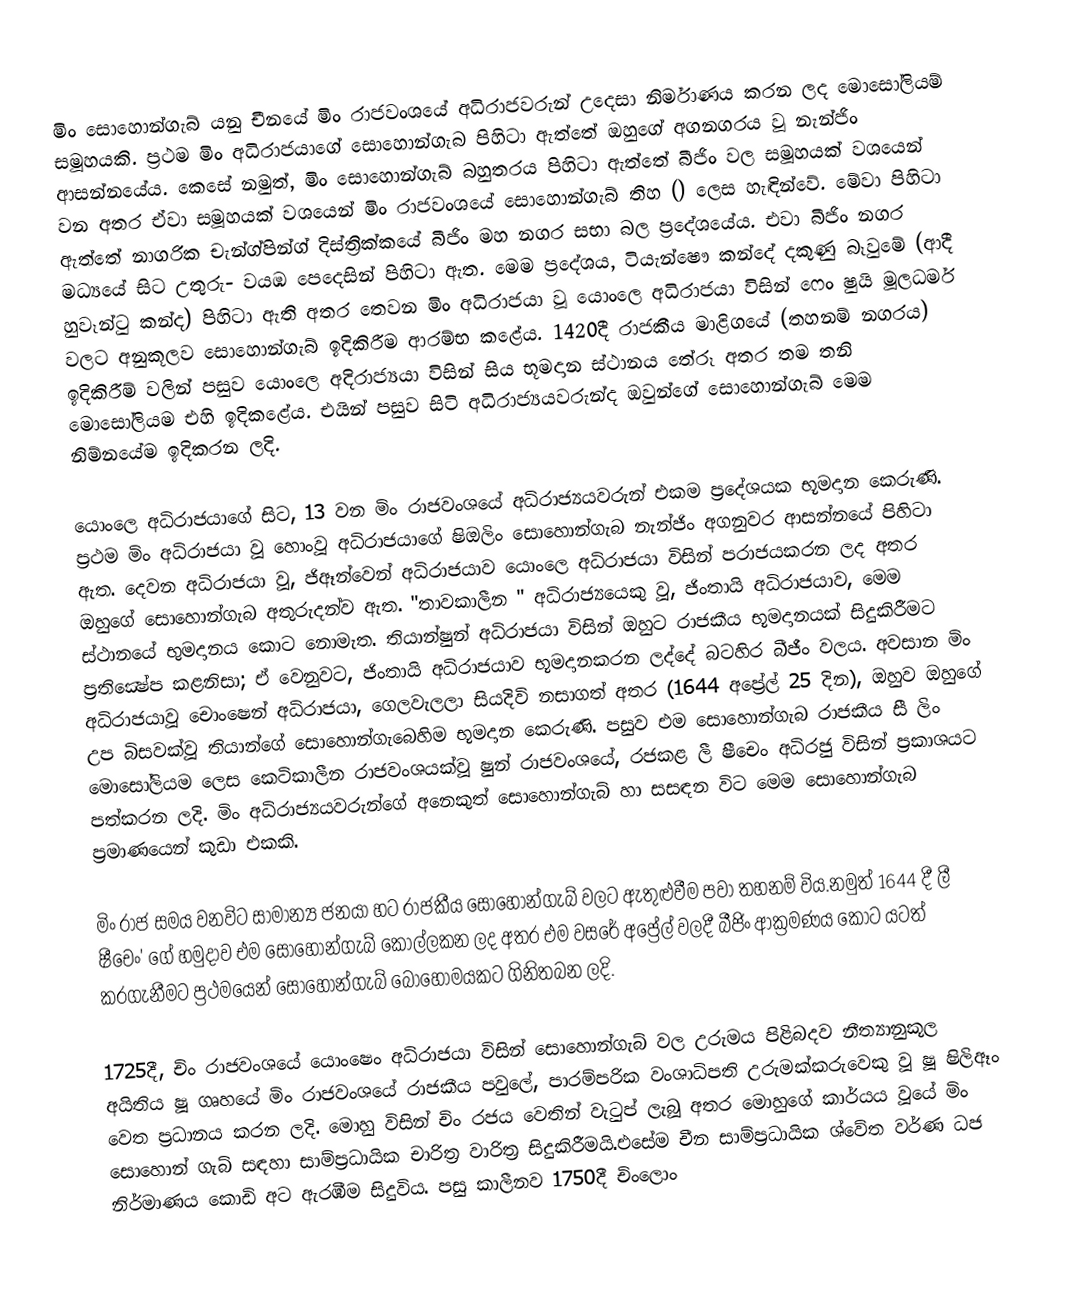
මිං සොහොන්ගැබ්  යනු චීනයේ මිං රාජවංශයේ අධිරාජවරුන් උදෙසා නිර්මාණය කරන ලද මොසෝලියම් සමූහයකි. ප්‍රථම මිං අධිරාජයාගේ සොහොන්ගැබ පිහිටා ඇත්තේ ඔහුගේ අගනගරය වූ නැන්ජිං ආසන්නයේය. කෙසේ නමුත්, මිං සොහොන්ගැබ් බහුතරය පිහිටා ඇත්තේ බීජිං වල සමූහයක් වශයෙන් වන අතර ඒවා සමූහයක් වශයෙන් මිං රාජවංශයේ සොහොන්ගැබ් තිහ  () ලෙස හැඳින්වේ. මේවා පිහිටා ඇත්තේ නාගරික චැන්ග්පින්ග් දිස්ත්‍රික්කයේ බීජිං මහ නගර සභා බල ප්‍රදේශයේය. එවා බීජිං නගර මධ්‍යයේ සිට උතුරු- වයඹ පෙදෙසින් පිහිටා ඇත. මෙම ප්‍රදේශය, ටියැන්ෂෞ කන්දේ දකුණු බෑවුමේ (ආදී හුවෑන්ටු කන්ද) පිහිටා ඇති අතර තෙවන මිං අධිරාජයා වූ යොංලෙ අධිරාජයා විසින් ෆෙං ෂුයි මූලධර්ම වලට අනුකූලව සොහොන්ගැබ් ඉදිකිරීම ආරම්භ කළේය. 1420දී රාජකීය මාළිගයේ (තහනම් නගරය)  ඉදිකිරීම් වලින් පසුව යොංලෙ අදිරාජ්‍යයා විසින් සිය භූමදාන ස්ථානය තේරූ අතර තම තනි මොසෝලියම එහි ඉදිකළේය. එයින් පසුව සිටි අධිරාජ්‍යයවරුන්ද ඔවුන්ගේ සොහොන්ගැබ් මෙම නිම්නයේම ඉදිකරන ලදි.

යොංලෙ අධිරාජයාගේ සිට, 13 වන මිං රාජවංශයේ අධිරාජ්‍යයවරුන් එකම ප්‍රදේශයක භූමදාන කෙරුණි. ප්‍රථම මිං අධිරාජයා වූ හොංවූ අධිරාජයාගේ ෂිඔලිං සොහොන්ගැබ නැන්ජිං අගනුවර ආසන්නයේ පිහිටා ඇත. දෙවන අධිරාජයා වූ, ජිඈන්වෙන් අධිරාජයාව යොංලෙ  අධිරාජයා විසින් පරාජයකරන ලද අතර ඔහුගේ සොහොන්ගැබ අතුරුදන්ව ඇත. "තාවකාලීන " අධිරාජ්‍යයෙකු වූ, ජිංතායි අධිරාජයාව, මෙම ස්ථානයේ භුමදානය කොට නොමැත. තියාන්ෂුන් අධිරාජයා විසින් ඔහුට රාජකීය භූමදානයක් සිදුකිරීමට ප්‍රතික්‍ෂේප කළනිසා; ඒ වෙනුවට, ජිංතායි අධිරාජයාව භූමදානකරන ලද්දේ බටහිර බීජීං වලය.  අවසාන මිං අධිරාජයාවූ චොංෂෙන් අධිරාජයා, ගෙලවැලලා සියදිවි නසාගත් අතර (1644 අප්‍රේල් 25 දින), ඔහුව ඔහුගේ උප බිසවක්වූ තියාන්ගේ සොහොන්ගැබෙහිම භූමදාන කෙරුණි. පසුව එම සොහොන්ගැබ රාජකීය සී ලිං  මොසෝලියම ලෙස කෙටිකාලීන රාජවංශයක්වූ ෂුන් රාජවංශයේ, රජකළ  ලී ෂීචෙං අධිරජු විසින් ප්‍රකාශයට පත්කරන ලදි. මිං අධිරාජ්‍යයවරුන්ගේ අනෙකුත් සොහොන්ගැබ් හා සසඳන විට මෙම සොහොන්ගැබ ප්‍රමාණයෙන් කුඩා එකකි.

මිං රාජ සමය වනවිට සාමාන්‍ය ජනයා හට රාජකීය සොහොන්ගැබ් වලට ඇතුළුවීම පවා තහනම් විය.නමුත් 1644 දී ලී ෂීචෙං' ගේ හමුදාව එම සොහොන්ගැබ් කොල්ලකන ලද අතර එම වසරේ අප්‍රේල් වලදී බීජිං ආක්‍රමණය කොට යටත් කරගැනීමට ප්‍රථමයෙන් සොහොන්ගැබ් බොහෝමයකට ගිනිතබන ලදි.

1725දී, චිං රාජවංශයේ යොංෂෙං අධිරාජයා විසින් සොහොන්ගැබ් වල උරුමය පිළිබදව  නීත්‍යානුකූල අයිතිය ෂූ ගෘහයේ මිං රාජවංශයේ රාජකීය පවුලේ, පාරම්පරික වංශාධිපති උරුමක්කරුවෙකු වූ  ෂූ ෂිලිඈං වෙත ප්‍රධානය කරන ලදි. මොහු විසින් චිං රජය වෙතින් වැටුප් ලැබූ අතර මොහුගේ කාර්යය වූයේ මිං සොහොන් ගැබ් සඳහා සාම්ප්‍රධායික චාරිත්‍ර වාරිත්‍ර සිදුකිරීමයි.එසේම චීන සාම්ප්‍රධායික ශ්වේත වර්ණ ධජ නිර්මාණය කොඩි අට ඇරඹීම සිදුවිය. පසු කාලීනව 1750දී  චිංලොං